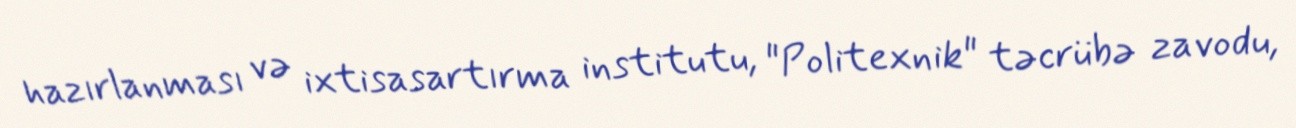
hazırlanması və ixtisasartırma institutu, "Politexnik" təcrübə zavodu,